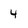
Character: 4